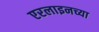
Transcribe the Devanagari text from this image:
एरलाइनच्या